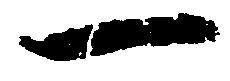
一